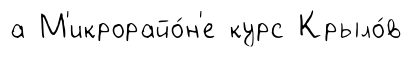
а М'икрорайо́н'е курс Крыло́в